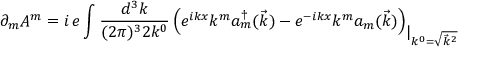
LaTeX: \partial _ { m } A ^ { m } = i \, e \int \frac { d ^ { 3 } k } { ( 2 \pi ) ^ { 3 } 2 k ^ { 0 } } \left( e ^ { i k x } k ^ { m } a _ { m } ^ { \dagger } ( \vec { k } ) - e ^ { - i k x } k ^ { m } a _ { m } ( \vec { k } ) \right) _ { \displaystyle | _ { k ^ { 0 } = \sqrt { \vec { k } ^ { 2 } } } }